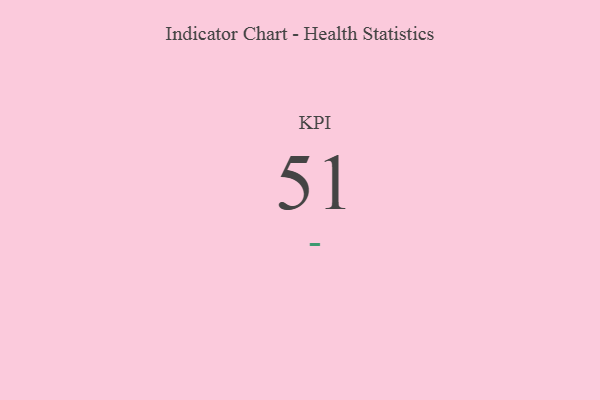
{"axis": {"x": "KPI", "y": "Value"}, "legend": [""], "data": [{"x": "KPI", "y": 51, "type": ""}]}